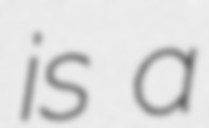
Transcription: is a